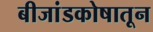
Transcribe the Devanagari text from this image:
बीजांडकोषातून